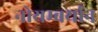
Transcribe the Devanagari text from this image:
नोयम्बर्यान